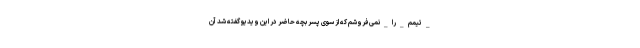
‌_تیمم_را_نمی‌فروشم که از سوی پسر بچه حاضر در این ویدیو گفته شد آن